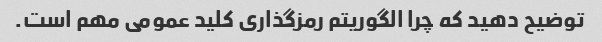
توضیح دهید که چرا الگوریتم رمزگذاری کلید عمومی مهم است.